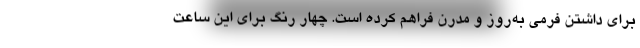
برای داشتن فرمی به‌روز و مدرن فراهم کرده است. چهار رنگ برای این ساعت